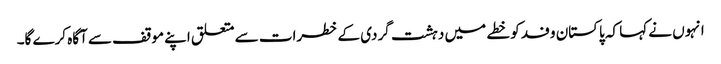
انہوں نے کہا کہ پاکستان وفد کو خطے میں دہشت گردی کے خطرات سے متعلق اپنے موقف سے آگاہ کرے گا۔